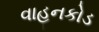
વાહનકોડ